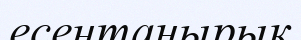
есентаңырық